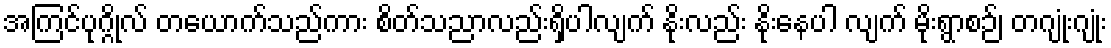
အကြင်ပုဂ္ဂိုလ် တယောက်သည်ကား စိတ်သညာလည်းရှိပါလျက် နိုးလည်း နိုးနေပါ လျက် မိုးရွာစဉ်၊ တဂျုံးဂျုံး